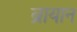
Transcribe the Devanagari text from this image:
ब्रायान